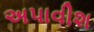
અપાવીશ